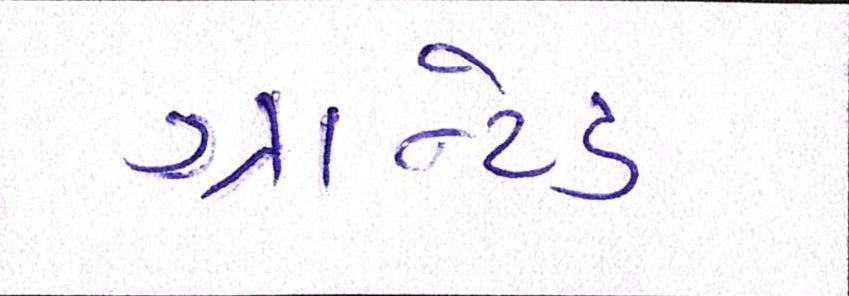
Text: ગ્રાન્ટેડ